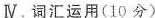
Ⅳ.词汇运用(10 分)